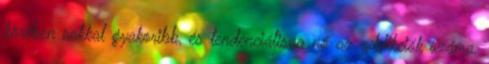
körében sokkal gyakoribb, és tendenciálisan nő az addikciók száma,